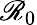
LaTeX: \mathscr{R}_{0}